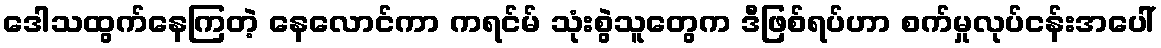
ဒေါသထွက်နေကြတဲ့ နေလောင်ကာ ကရင်မ် သုံးစွဲသူတွေက ဒီဖြစ်ရပ်ဟာ စက်မှုလုပ်ငန်းအပေါ်